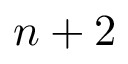
n + 2